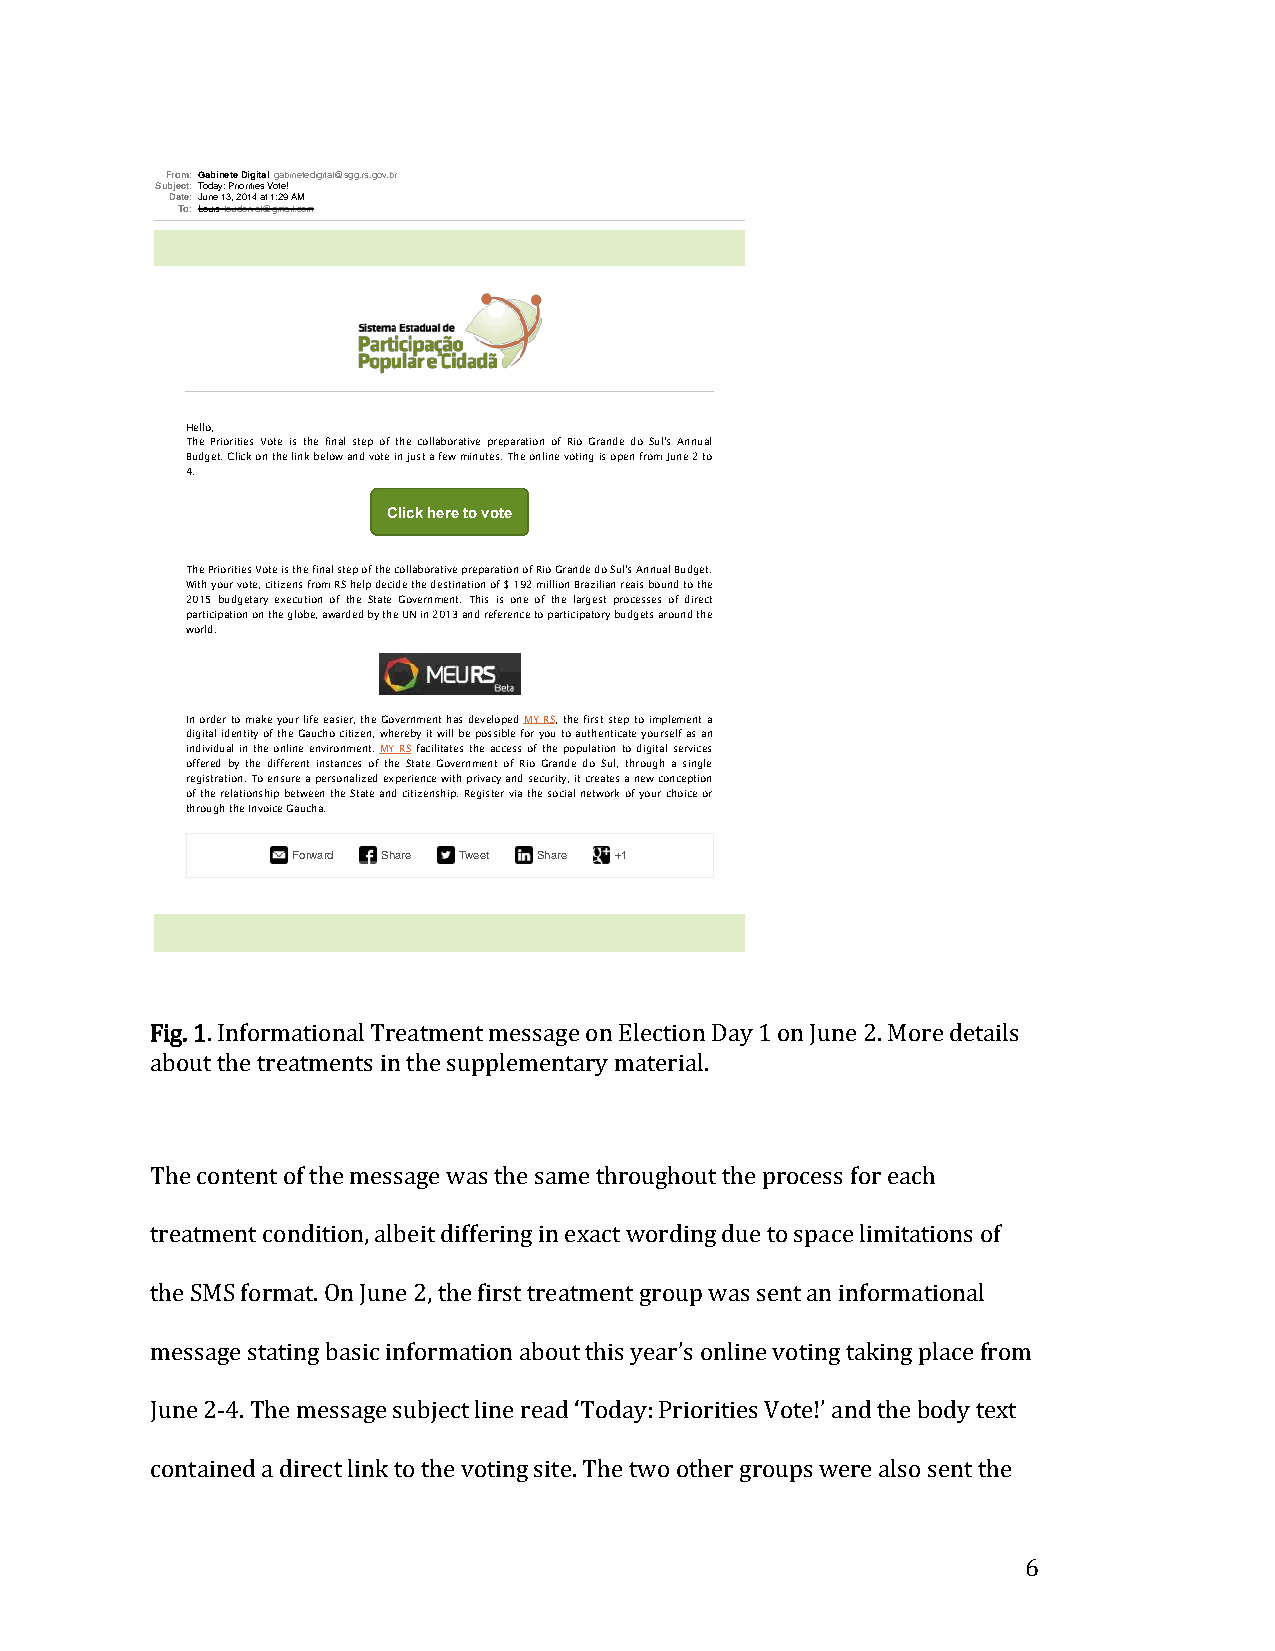
From:Gabinete Digitalgabinetedigital@sgg.rs.gov.br
 Subject:Today: Priorities Vote!
 Date:June 13, 2014 at 1:29 AM
 To:Louisloudorval@gmail.com
 Hello,
 The Priorities Vote is the final step of the collaborative preparation of Rio Grande do Sul's Annual
 Budget. Click on the link below and vote in just a few minutes. The online voting is open from June 2 to
 4.
 Click here to vote
 The Priorities Vote is the final step of the collaborative preparation of Rio Grande do Sul's Annual Budget.
 With your vote, citizens from RS help decide the destination of $ 192 million Brazilian reais bound to the
 2015 budgetary execution of the State Government. This is one of the largest processes of direct
 participation on the globe, awarded by the UN in 2013 and reference to participatory budgets around the
 world.
 In order to make your life easier, the Government has developed MY RS, the first step to implement a
 digital identity of the Gaucho citizen, whereby it will be possible for you to authenticate yourself as an
 individual in the online environment. MY RS facilitates the access of the population to digital services
 offered by the different instances of the State Government of Rio Grande do Sul, through a single
 registration. To ensure a personalized experience with privacy and security, it creates a new conception
 of the relationship between the State and citizenship. Register via the social network of your choice or
 through the Invoice Gaucha.
 Forward Share Tweet Share +1
 Fig. 1. Informational Treatment message on Election Day 1 on June 2. More details
 about the treatments in the supplementary material.
 The content of the message was the same throughout the process for each
 treatment condition, albeit differing in exact wording due to space limitations of
 the SMS format. On June 2, the first treatment group was sent an informational
 message stating basic information about this year’s online voting taking place from
 June 2-4. The message subject line read ‘Today: Priorities Vote!’ and the body text
 contained a direct link to the voting site. The two other groups were also sent the
 6